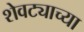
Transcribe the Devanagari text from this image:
शेवट्याच्या